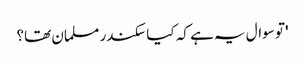
' تو سوال یہ ہے کہ کیا سکندر مسلمان تھا؟